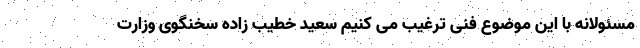
مسئولانه با این موضوع فنی ترغیب می کنیم سعید خطیب زاده سخنگوی وزارت